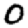
Digit: 0